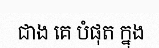
ជាង គេ បំផុត ក្នុង